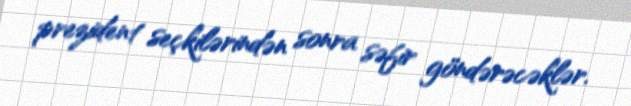
prezident seçkilərindən sonra səfir göndərəcəklər.